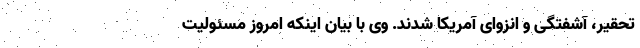
تحقیر، آشفتگی و انزوای آمریکا شدند. وی با بیان اینکه امروز مسئولیت